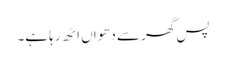
پس گھر سے دھواں اٹھ رہا ہے۔